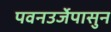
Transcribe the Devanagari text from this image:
पवनउर्जेपासुन